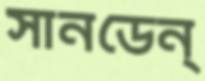
সানডেন্